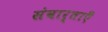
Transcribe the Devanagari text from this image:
संवार्ताएँ